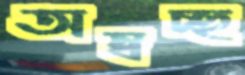
অস্বচ্ছ